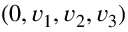
( 0 , v _ { 1 } , v _ { 2 } , v _ { 3 } )